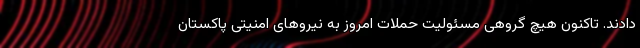
دادند. تاکنون هیچ گروهی مسئولیت حملات امروز به نیروهای امنیتی پاکستان